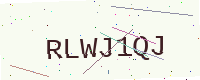
Text: RLWJ1QJ